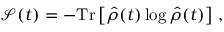
\mathcal { S } ( t ) = - \mathrm { T r } \left[ \hat { \rho } ( t ) \log \hat { \rho } ( t ) \right] \, ,